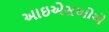
આઇએસઓએ